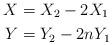
LaTeX: \begin{align*}X &= X_2 - 2 X_1\\Y &= Y_2 - 2nY_1\end{align*}